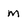
Character: m